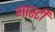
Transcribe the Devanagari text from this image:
मास्टी